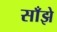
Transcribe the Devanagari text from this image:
साँझे